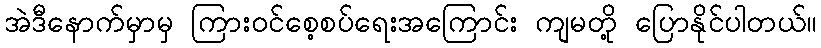
အဲဒီနောက်မှာမှ ကြားဝင်စေ့စပ်ရေးအကြောင်း ကျမတို့ ပြောနိုင်ပါတယ်။